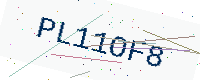
Text: PL11OF8